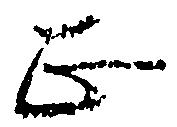
正